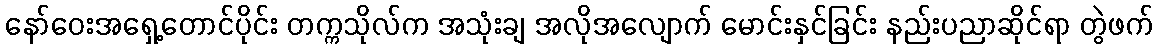
နော်ဝေးအရှေ့တောင်ပိုင်း တက္ကသိုလ်က အသုံးချ အလိုအလျောက် မောင်းနှင်ခြင်း နည်းပညာဆိုင်ရာ တွဲဖက်